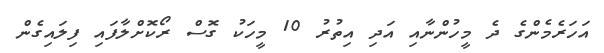
އަހަރެމެންގެ ދެ މީހުންނާއި އަދި އިތުރު 10 މީހަކު ގޮސް ރޯކޮށްލާފައި ފިލައިގެން